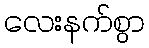
လေးနက်စွာ